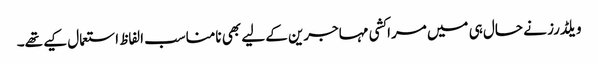
ویلڈرز نے حال ہی میں مراکشی مہاجرین کے لیے بھی نامناسب الفاظ استعمال کیے تھے۔